Lunatic asylums in Bengal annual reports 1899-1911 - 1899-1911
Year: 1899
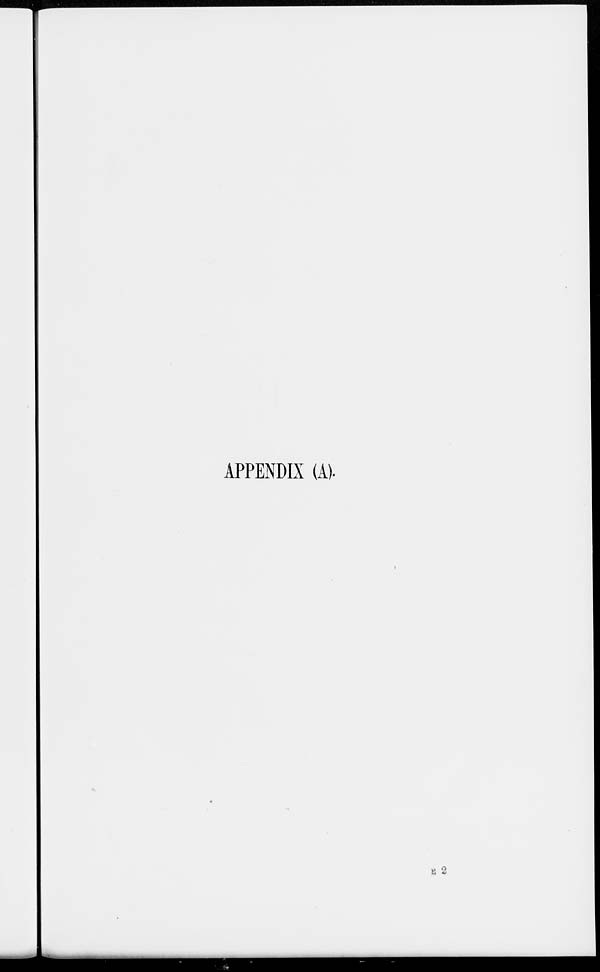
APPENDIX (A).
E 2